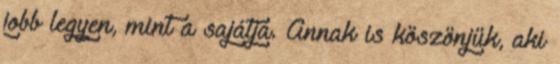
jobb legyen, mint a sajátja. Annak is köszönjük, aki